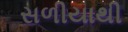
સળીયાથી